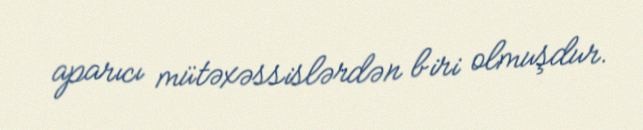
aparıcı mütəxəssislərdən biri olmuşdur.